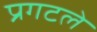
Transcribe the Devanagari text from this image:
प्रगटले